Vaccination in Burma 1920-1933 - 1920-1933
Year: 1920
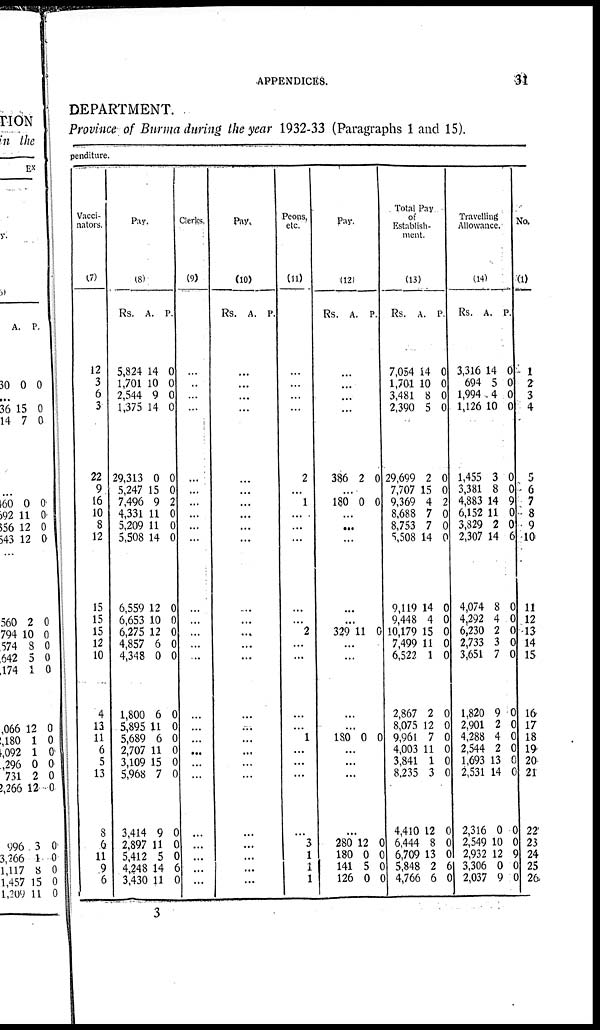
APPENDICES.
31
DEPARTMENT.
Province of Burma during the year 1932-33 (Paragraphs 1 and 15).
penditure.
Vacci-
nators.
(7)
12
3
6
3
22
9
16
10
8
12
15
15
15
12
10
4
13
11
6
5
13
8
6
11
9
6
Pay.
(8)
Rs.
5,824
1,701
2,544
1,375
29,313
5,247
7,496
4,331
5,209
5,508
6,559
6,653
6,275
4,857
4,348
1,800
5,895
5,689
2,707
3,109
5,968
3,414
2,897
5,412
4,248
3,430
A.
14
10
9
14
0
15
9
11
11
14
12
10
12
6
0
6
11
6
11
15
7
9
11 5
14
11
P.
0
0
0
0
0
0
2
0
0
0
0
0
0
0
0
0
0
0
0
0
0
0
0
0
6
0
Clerks.
(9)
...
...
...
...
...
...
...
...
...
...
...
...
...
...
...
...
...
...
...
...
...
...
...
...
...
...
Pay.
(10)
Rs. A. P.
...
...
...
...
...
...
...
...
...
...
...
...
...
...
...
...
...
...
...
...
...
...
...
...
...
...
Peons,
etc.
(11)
...
...
...
...
2
...
1
...
...
...
...
...
2
...
...
...
...
1
...
...
...
...
3
1
1
1
Pay.
(12)
Rs. A. P.
...
...
...
...
386 2 0
...
180 0 0
...
...
...
...
...
329 11 0
...
...
...
...
180 0 0
...
...
...
...
280
180
141
126
12
0
5
0
0
0
0
0
Total Pay
of
Establish-
ment.
(13)
Rs.
7,054
1,701
3,481
2,390
29,699
7,707
9,369
8,688
8,753
5,508
9,119
9,448
10,179
7,499
6,522
2,867
8,075
9,961
4,003
3,841
8,235
4,410
6,444
6,709
5,848
4,766
A.
14
10
8
5
2
15
4
7
7
14
14
4
15
11
1
2
12
7
11
1
3
12
8
13
2
6
P.
0
0
0
0
0
0
2
0
0
0
0
0
0
0
0
0
0
0
0
0
0
0
0
0
6
0
Travelling
Allowance.
(14)
Rs.
3,316
694
1,994
1,126
1,455
3,381
4,883
6,152
3,829
2,307
4,074
4,292
6,230
2,733
3,651
1,820
2,901
4,288
2,544
1,693
2,531
2,316
2,549
2,932
3,306
2,037
A.
14
5
4
10
3
8
14
11
2
14
8
4
2
3
7
9
2
4
2
13
14
0
10
12
0
9
P.
0
0
0
0
0
0
9
0
0
6
0
0
0
0
0
0
0
0
0
0
0
0
0
9
0
0
No.
(1)
1
2
3
4
5
6
7
8
9
10
11
12
13
14
15
16
17
18
19
20
21
22
23
24
25
26
3